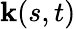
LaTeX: \textbf{k}(s,t)